system: You are a helpful assistant.
user:
Analyze the provided spectrum to determine if it is a **S-type Star**.

- **Key Indicators for S-type Star:**

    - **(Overall Spectrum Shape):** The first and most obvious characteristic is the overall continuum (the "baseline" shape). It is **extremely "red-sloping,"** meaning the flux (light intensity) is very low on the left side (blue, ~4000-4500 Å) and rises steeply and continuously toward the right side (red, ~7000 Å+).

    - **(Primary):** The spectrum is defined by the presence of strong, broad molecular absorption "valleys" (bands) from **Zirconium Oxide (ZrO)**. The identification of these bands is the **primary requirement** for classifying a star as S-type.
        - **(Key Bandheads):** You must find distinct, deep "dips" where the light has been absorbed. The most critical band systems to locate are:
            - **~6474 Å** ($\gamma$-system): This is often the strongest and clearest ZrO feature, found in the red part of the spectrum.
            - **~5718 Å** & **~5551 Å** ($\beta$-system): A pair of prominent absorption features in the yellow-orange part of the spectrum.
            - **~4640 Å** ($\alpha$-system): A key absorption band system in the blue-green region of the spectrum.

    - **(Secondary Confirmation):** The classification is strengthened by finding additional absorption bands from other related heavy element oxides, which are expected to be present alongside ZrO.
        - **(Key Bandheads):**
            - **Yttrium Oxide (YO):** Look for absorption dips near **~4800 Å** and **~6100 Å**.
            - **Lanthanum Oxide (LaO):** Additional absorption features, particularly in the red-orange part of the spectrum, are also characteristic.

    - **(Line Profile):** The combination of the steep red continuum and these numerous, deep molecular bands (ZrO, YO, etc.) gives the entire spectrum a very **"chopped-up"** or **"bumpy"** appearance. Instead of a smooth curve, the spectrum looks as though large, wide chunks of light have been "carved out" of it at the specific wavelengths listed above.

Think first, call **spectral_visualization_tool** if needed to examine features in detail, then provide your final answer. Your response must adhere to the following strict rules:
1.  **Overall Structure:** Your response must follow the format `<think>...</think> <tool_call>...</tool_call> (if a tool is used) <answer>...</answer>`.
2.  **Tool Usage Constraint:** You may only make **one** tool call per turn.
3.  **Final Answer Format:** In the `<answer>` tag, your conclusion must be inside a `\boxed{}` command (e.g., `\boxed{YES}` or `\boxed{NO}`), followed by your justification.

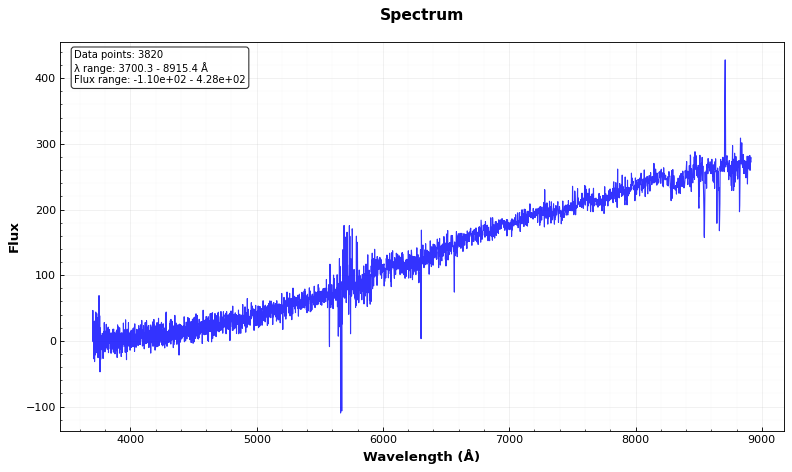
Answer: NO